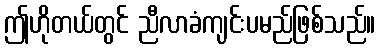
ဤဟိုတယ်တွင် ညီလာခံကျင်းပမည်ဖြစ်သည်။